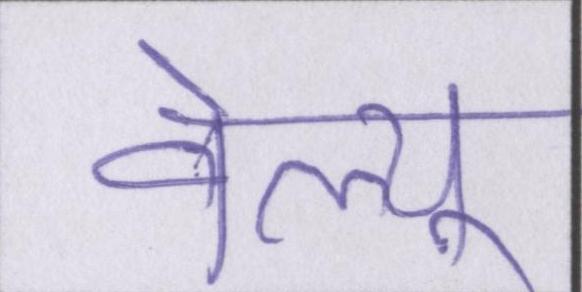
वेल्यू